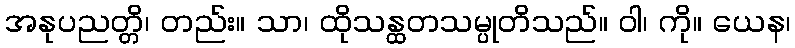
အနုပညတ္တိ၊ တည်း။ သာ၊ ထိုသန္ထတသမ္ပုတိသည်။ ဝါ၊ ကို။ ယေန၊